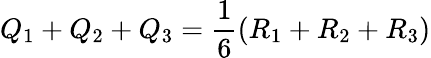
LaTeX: Q_{1}+Q_{2}+Q_{3}=\frac{1}{6}(R_{1}+R_{2}+R_{3})